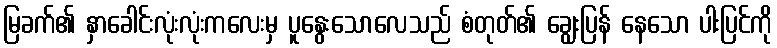
မြခက်၏ နှာခေါင်းလုံးလုံးကလေးမှ ပူနွေးသောလေသည် စံတုတ်၏ ချွေးပြန် နေသော ပါးပြင်ကို